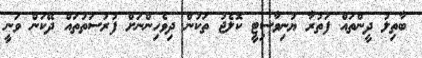
ބާތިލު ދީންތައް ފަތުރާ ޔުނިވާސިޓީ ކޮލެޖު ތަކުން ދިވެހިންނަށް ފުރުސަތުތައް ދޭކަން ވަނީ